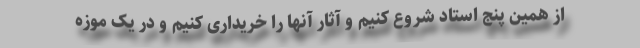
از همین پنج استاد شروع کنیم و آثار آنها را خریداری کنیم و در یک موزه